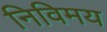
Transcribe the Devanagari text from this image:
निविमय